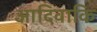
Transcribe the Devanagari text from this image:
आदिवाकि